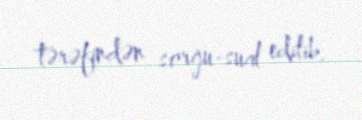
tərəfindən sorğu-sual edilib.